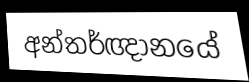
අන්තර්ඥානයේ